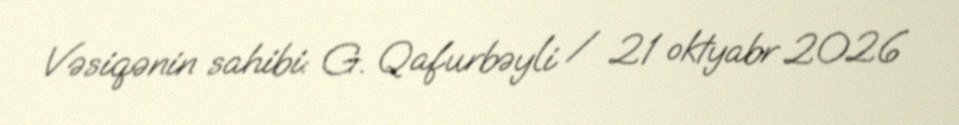
Vəsiqənin sahibi: G. Qafurbəyli / 21 oktyabr 2026